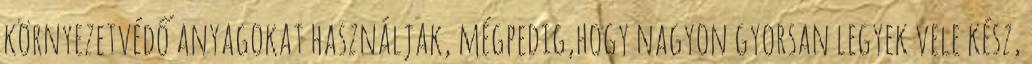
környezetvédő anyagokat használjak, mégpedig,hogy nagyon gyorsan legyek vele kész,